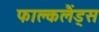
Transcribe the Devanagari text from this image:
फाल्कलैंड्स